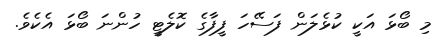
މި ބޯޅަ އަކީ ކުޅެލަން ފަސޭހަ ފީފާގެ ކޮލެޓީ ހުންނަ ބޯޅަ އެކެވެ.